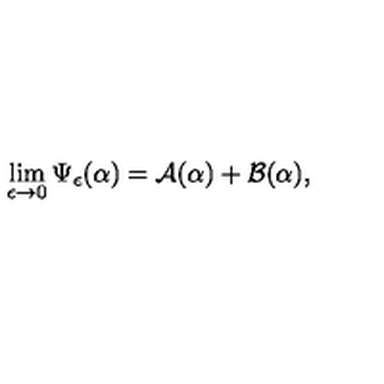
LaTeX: \lim _ { \epsilon \to 0 } \Psi _ { \epsilon } ( \alpha ) = { \cal A } ( \alpha ) + { \cal B } ( \alpha ) ,